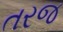
તરજ